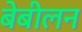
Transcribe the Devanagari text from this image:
बेबीलन